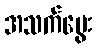
အသက်မွေး